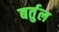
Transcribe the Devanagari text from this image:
बर्तुल